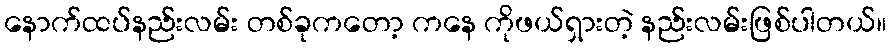
နောက်ထပ်နည်းလမ်း တစ်ခုကတော့ ကနေ ကိုဖယ်ရှားတဲ့ နည်းလမ်းဖြစ်ပါတယ်။